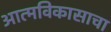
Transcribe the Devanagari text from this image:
आत्मविकासाचा